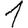
Digit: 1